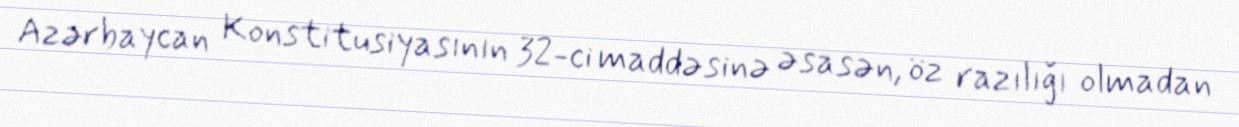
Azərbaycan Konstitusiyasının 32-ci maddəsinə əsasən, öz razılığı olmadan